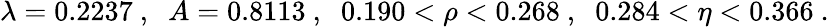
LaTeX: \lambda=0.2237\ ,\; \; A=0.8113\ ,\; \; 0.190<\rho<0.268\ ,\; \; 0.284<\eta<0.366\ .